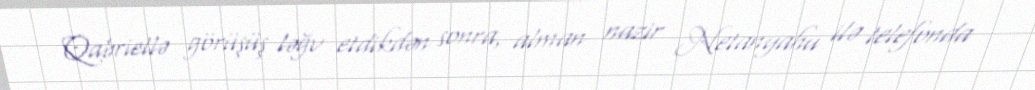
Qabriellə görüşüş ləğv etdikdən sonra, alman nazir Netanyahu ilə telefonda